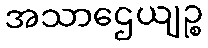
အသာဌေယျဉ္စ